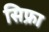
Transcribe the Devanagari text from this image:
सिफ्रा